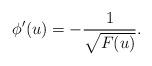
LaTeX: \begin{align*}\phi'(u)=-\frac{1}{\sqrt{F(u)}}.\end{align*}